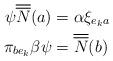
LaTeX: \begin{align*}\psi \overline{\overline{N}}(a)&=\alpha \xi_{e_{k}a} \\\pi_{be_{k}}\beta \psi &= \overline{\overline{N}}(b)\end{align*}